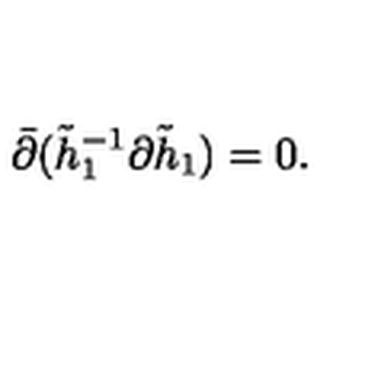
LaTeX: \bar { \partial } ( \tilde { h } _ { 1 } ^ { - 1 } \partial \tilde { h } _ { 1 } ) = 0 .